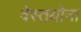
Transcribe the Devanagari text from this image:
वेस्तयोना